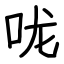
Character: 咙